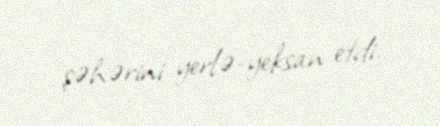
şəhərini yerlə-yeksan etdi.